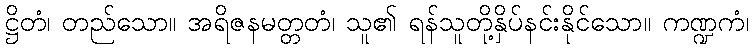
ဋ္ဌိတံ၊ တည်သော။ အရိဇနမတ္တတံ၊ သူ၏ ရန်သူတို့နှိပ်နင်းနိုင်သော။ ကဏ္ဍကံ၊